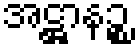
အဋ္ဌာနဉ္စ